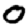
Digit: 0